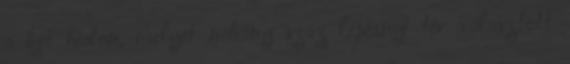
a két hídon, melyet néhány száz lépésnyi tér választott